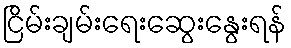
ငြိမ်းချမ်းရေးဆွေးနွေးရန်